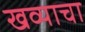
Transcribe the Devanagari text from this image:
खव्याचा